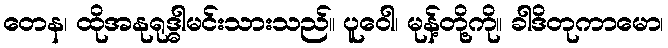
တေန၊ ထိုအနုရုဒ္ဓါမင်းသားသည်။ ပူဝေါ၊ မုန့်တို့ကို။ ခါဒိတုကာမော၊